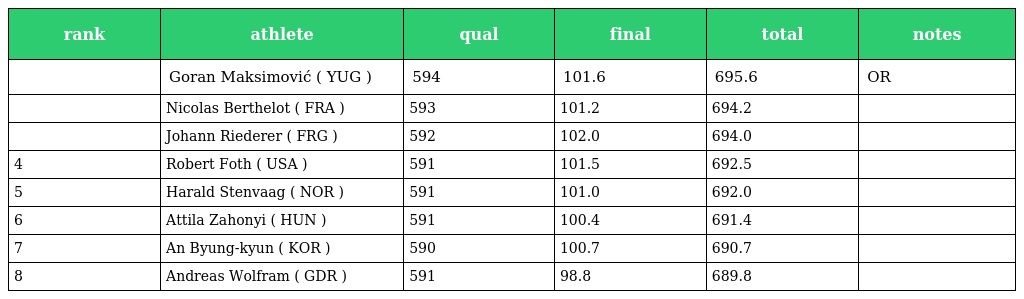
| rank | athlete | qual | final | total | notes |
 | --- | --- | --- | --- | --- | --- |
 |  | Goran Maksimović ( YUG ) | 594 | 101.6 | 695.6 | OR |
 |  | Nicolas Berthelot ( FRA ) | 593 | 101.2 | 694.2 |  |
 |  | Johann Riederer ( FRG ) | 592 | 102.0 | 694.0 |  |
 | 4 | Robert Foth ( USA ) | 591 | 101.5 | 692.5 |  |
 | 5 | Harald Stenvaag ( NOR ) | 591 | 101.0 | 692.0 |  |
 | 6 | Attila Zahonyi ( HUN ) | 591 | 100.4 | 691.4 |  |
 | 7 | An Byung-kyun ( KOR ) | 590 | 100.7 | 690.7 |  |
 | 8 | Andreas Wolfram ( GDR ) | 591 | 98.8 | 689.8 |  |